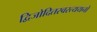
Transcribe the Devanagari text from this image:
द्विजोदितस्वस्त्ययनो